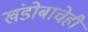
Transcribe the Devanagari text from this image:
खंडोबाचेही